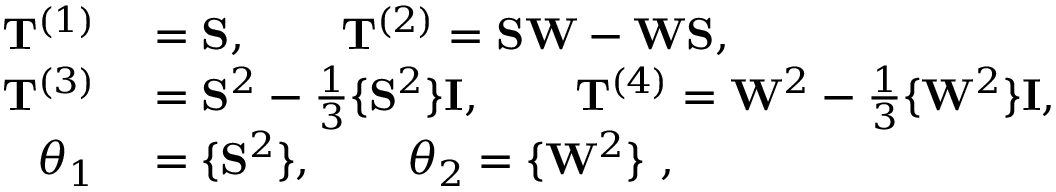
\begin{array} { r l } { \mathbf { T } ^ { ( 1 ) } } & { { } = \mathbf { S } , \qquad \mathbf { T } ^ { ( 2 ) } = \mathbf { S W } - \mathbf { W S } , } \\ { \mathbf { T } ^ { ( 3 ) } } & { { } = \mathbf { S } ^ { 2 } - \frac { 1 } { 3 } \{ \mathbf { S } ^ { 2 } \} \mathbf { I } , \qquad \mathbf { T } ^ { ( 4 ) } = \mathbf { W } ^ { 2 } - \frac { 1 } { 3 } \{ \mathbf { W } ^ { 2 } \} \mathbf { I } , } \\ { \theta _ { 1 } } & { { } = \{ \mathbf { S } ^ { 2 } \} , \qquad \theta _ { 2 } = \{ \mathbf { W } ^ { 2 } \} \mathrm { ~ , ~ } } \end{array}